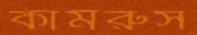
কামরুস